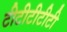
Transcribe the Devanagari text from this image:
टीटीटीटीटी